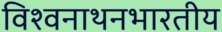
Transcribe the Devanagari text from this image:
विश्वनाथनभारतीय